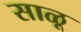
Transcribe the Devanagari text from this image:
साळू